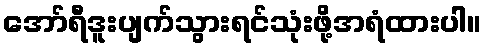
အော်ရီဒူးပျက်သွားရင်သုံးဖို့အရံထားပါ။